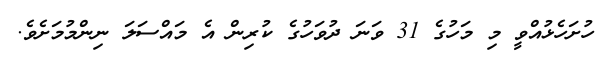
ހުށަހެޅުއްވީ މި މަހުގެ 31 ވަނަ ދުވަހުގެ ކުރިން އެ މައްސަލަ ނިންމުމަށެވެ.